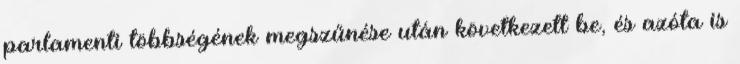
parlamenti többségének megszűnése után következett be, és azóta is